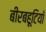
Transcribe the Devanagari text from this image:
बीरबहूटियाँ